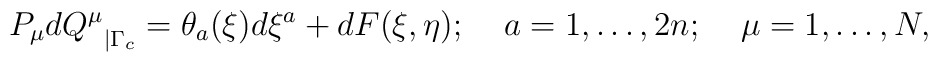
{P_{\mu}dQ^{\mu}}_{\mid \Gamma _c} = \theta _a (\xi)d\xi ^a + dF(\xi ,\eta);\;\;\;\;a=1,\ldots ,2n;\;\;\;\;\mu =1,\ldots ,N,